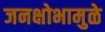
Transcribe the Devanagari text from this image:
जनक्षोभामुळे